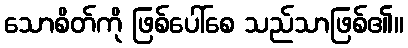
သောစိတ်ကို ဖြစ်ပေါ်စေ သည်သာဖြစ်၏။